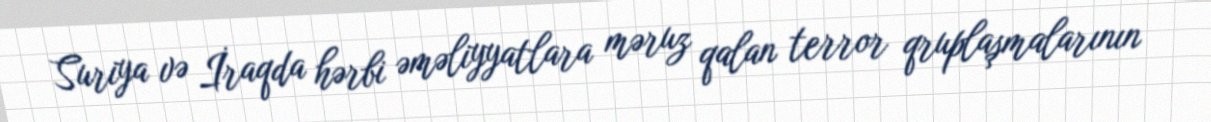
Suriya və İraqda hərbi əməliyyatlara məruz qalan terror qruplaşmalarının